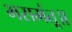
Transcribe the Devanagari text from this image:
भसमंतू॥